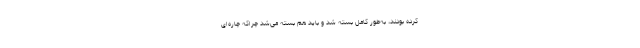
کرده بودند، به‌طور کامل بسته شد و باید هم بسته می‌شد چراکه چاره‌ای